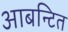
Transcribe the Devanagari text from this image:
आबन्टित